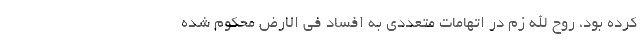
کرده بود، روح الله زم در اتهامات متعددی به افساد فی الارض محکوم شده